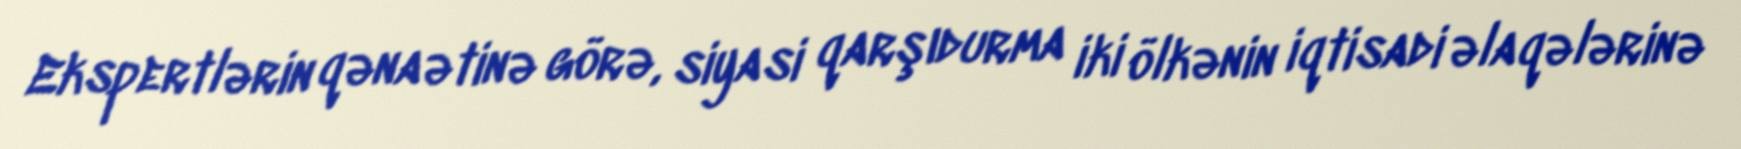
Ekspertlərin qənaətinə görə, siyasi qarşıdurma iki ölkənin iqtisadi əlaqələrinə